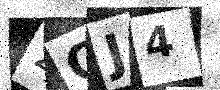
Text: 2CJ4